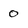
Character: 0